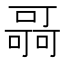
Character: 𠾳